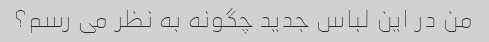
من در این لباس جدید چگونه به نظر می رسم؟